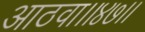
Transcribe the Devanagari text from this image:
आठवा।।४७।।